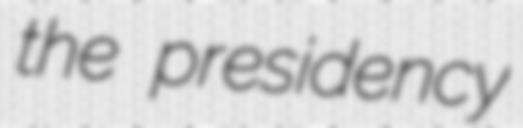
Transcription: the presidency